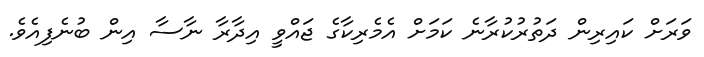
ވަރަށް ކައިރިން ދަތުރުކުރާނެ ކަމަށް އެމެރިކާގެ ޖައްވީ އިދާރާ ނާސާ އިން ބުނެފިއެވެ.